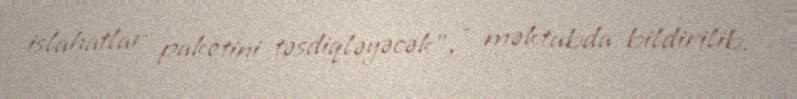
islahatlar paketini təsdiqləyəcək”, - məktubda bildirilib.